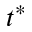
t ^ { * }